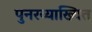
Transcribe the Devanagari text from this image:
पुनरव्याख्यित